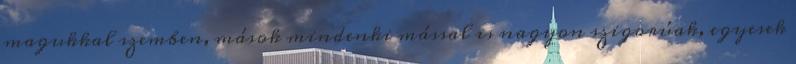
magukkal szemben, mások mindenki mással is nagyon szigorúak, egyesek